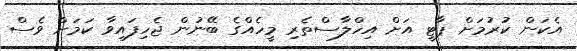
އެކަން ކުރުމަށް ޕާޓީ އަށް އިހްލާސްތެރި މީހެއްގެ ބޭނުން ޖެހިފައިވާ ކަމަށް ވެސް